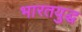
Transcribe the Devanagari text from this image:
भारतयुद्ध